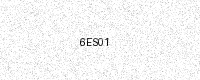
Text: 6ES01